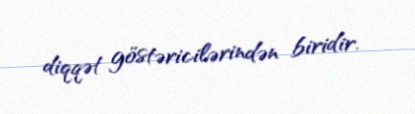
diqqət göstəricilərindən biridir.